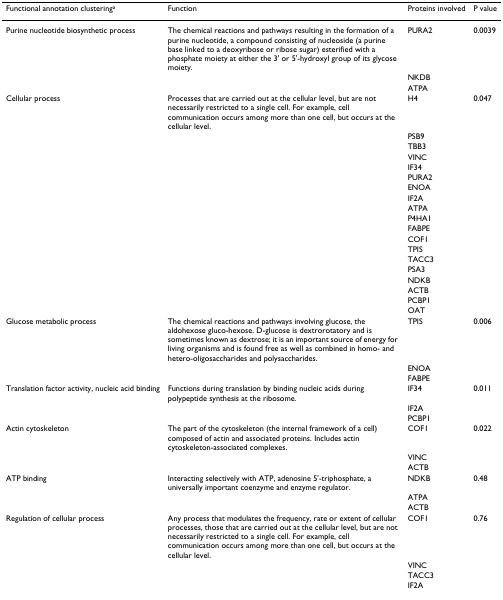
<table><thead><tr><td><b>Functional annotation clustering<sup>a</sup></b></td><td><b>Function</b></td><td><b>Proteins involved</b></td><td><b>P value</b></td></tr></thead><tbody><tr><td>Purine nucleotide biosynthetic process</td><td>The chemical reactions and pathways resulting in the formation of a purine nucleotide, a compound consisting of nucleoside (a purine base linked to a deoxyribose or ribose sugar) esterified with a phosphate moiety at either the 3&#x27; or 5&#x27;-hydroxyl group of its glycose moiety.</td><td>PURA2</td><td>0.0039</td></tr><tr><td></td><td></td><td>NKDB</td><td></td></tr><tr><td></td><td></td><td>ATPA</td><td></td></tr><tr><td>Cellular process</td><td>Processes that are carried out at the cellular level, but are not necessarily restricted to a single cell. For example, cell communication occurs among more than one cell, but occurs at the cellular level.</td><td>H4</td><td>0.047</td></tr><tr><td></td><td></td><td>PSB9</td><td></td></tr><tr><td></td><td></td><td>TBB3</td><td></td></tr><tr><td></td><td></td><td>VINC</td><td></td></tr><tr><td></td><td></td><td>IF34</td><td></td></tr><tr><td></td><td></td><td>PURA2</td><td></td></tr><tr><td></td><td></td><td>ENOA</td><td></td></tr><tr><td></td><td></td><td>IF2A</td><td></td></tr><tr><td></td><td></td><td>ATPA</td><td></td></tr><tr><td></td><td></td><td>P4HA1</td><td></td></tr><tr><td></td><td></td><td>FABPE</td><td></td></tr><tr><td></td><td></td><td>COF1</td><td></td></tr><tr><td></td><td></td><td>TPIS</td><td></td></tr><tr><td></td><td></td><td>TACC3</td><td></td></tr><tr><td></td><td></td><td>PSA3</td><td></td></tr><tr><td></td><td></td><td>NDKB</td><td></td></tr><tr><td></td><td></td><td>ACTB</td><td></td></tr><tr><td></td><td></td><td>PCBP1</td><td></td></tr><tr><td></td><td></td><td>OAT</td><td></td></tr><tr><td>Glucose metabolic process</td><td>The chemical reactions and pathways involving glucose, the aldohexose gluco-hexose. D-glucose is dextrorotatory and is sometimes known as dextrose; it is an important source of energy for living organisms and is found free as well as combined in homo- and hetero-oligosaccharides and polysaccharides.</td><td>TPIS</td><td>0.006</td></tr><tr><td></td><td></td><td>ENOA</td><td></td></tr><tr><td></td><td></td><td>FABPE</td><td></td></tr><tr><td>Translation factor activity, nucleic acid binding</td><td>Functions during translation by binding nucleic acids during polypeptide synthesis at the ribosome.</td><td>IF34</td><td>0.011</td></tr><tr><td></td><td></td><td>IF2A</td><td></td></tr><tr><td></td><td></td><td>PCBP1</td><td></td></tr><tr><td>Actin cytoskeleton</td><td>The part of the cytoskeleton (the internal framework of a cell) composed of actin and associated proteins. Includes actin cytoskeleton-associated complexes.</td><td>COF1</td><td>0.022</td></tr><tr><td></td><td></td><td>VINC</td><td></td></tr><tr><td></td><td></td><td>ACTB</td><td></td></tr><tr><td>ATP binding</td><td>Interacting selectively with ATP, adenosine 5&#x27;-triphosphate, a universally important coenzyme and enzyme regulator.</td><td>NDKB</td><td>0.48</td></tr><tr><td></td><td></td><td>ATPA</td><td></td></tr><tr><td></td><td></td><td>ACTB</td><td></td></tr><tr><td>Regulation of cellular process</td><td>Any process that modulates the frequency, rate or extent of cellular processes, those that are carried out at the cellular level, but are not necessarily restricted to a single cell. For example, cell communication occurs among more than one cell, but occurs at the cellular level.</td><td>COF1</td><td>0.76</td></tr><tr><td></td><td></td><td>VINC</td><td></td></tr><tr><td></td><td></td><td>TACC3</td><td></td></tr><tr><td></td><td></td><td>IF2A</td><td></td></tr></tbody></table>